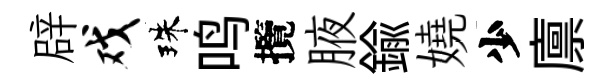
辟戏珠鸣攬腋鍮嬈少廪